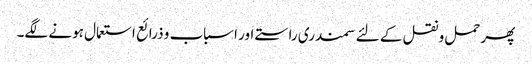
پھر حمل و نقل کے لئے سمندری راستے اور اسباب و ذرائع استعمال ہونے لگے۔